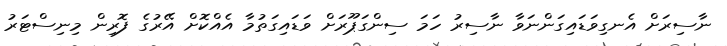
ނާސިރަށް އެނގިވަޑައިގަންނަވާ ނާސިރު ހަމަ ސިންގަޕޫރަށް ވަޑައިގަތުމާ އެއްކޮށް އޭރުގެ ފޮރިން މިނިސްޓަރު